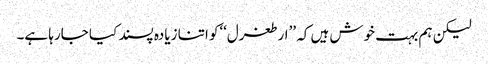
لیکن ہم بہت خوش ہیں کہ ’’ارطغرل‘‘کو اتنا زیادہ پسند کیا جارہا ہے۔